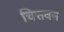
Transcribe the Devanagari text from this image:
चित्तवन